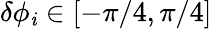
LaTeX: \delta\phi_{\mathit{i}}\in[-\pi/4,\pi/4]